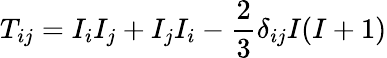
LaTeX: T_{ij}=I_{i}I_{j}+I_{j}I_{i}-\frac{2}{3}\delta_{ij}I(I+1)